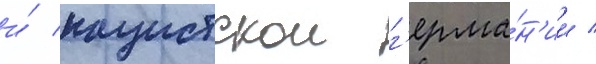
и́ нацистскои г'ерма́н'ии /